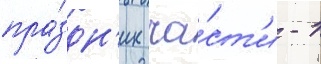
пра́здн'ик ча́ст'и - 1